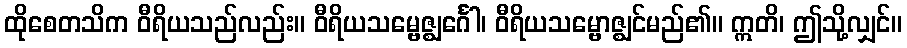
ထိုစေတသိက ဝီရိယသည်လည်း။ ဝီရိယသမ္ဗေဇ္ဈင်္ဂေါ၊ ဝီရိယသမ္ဗောဇ္ဈင်မည်၏။ ဣတိ၊ ဤသို့လျှင်။